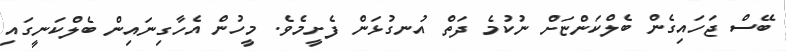
ބޭސް ޖަހައިގެން ބެލްކަންޏަށް ނުކުމެ ދަތް އުނގުޅަން ފެށީމެވެ. މީހުން އެހާގިނައިން ބެލްކަނީގައި